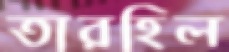
তারহিল